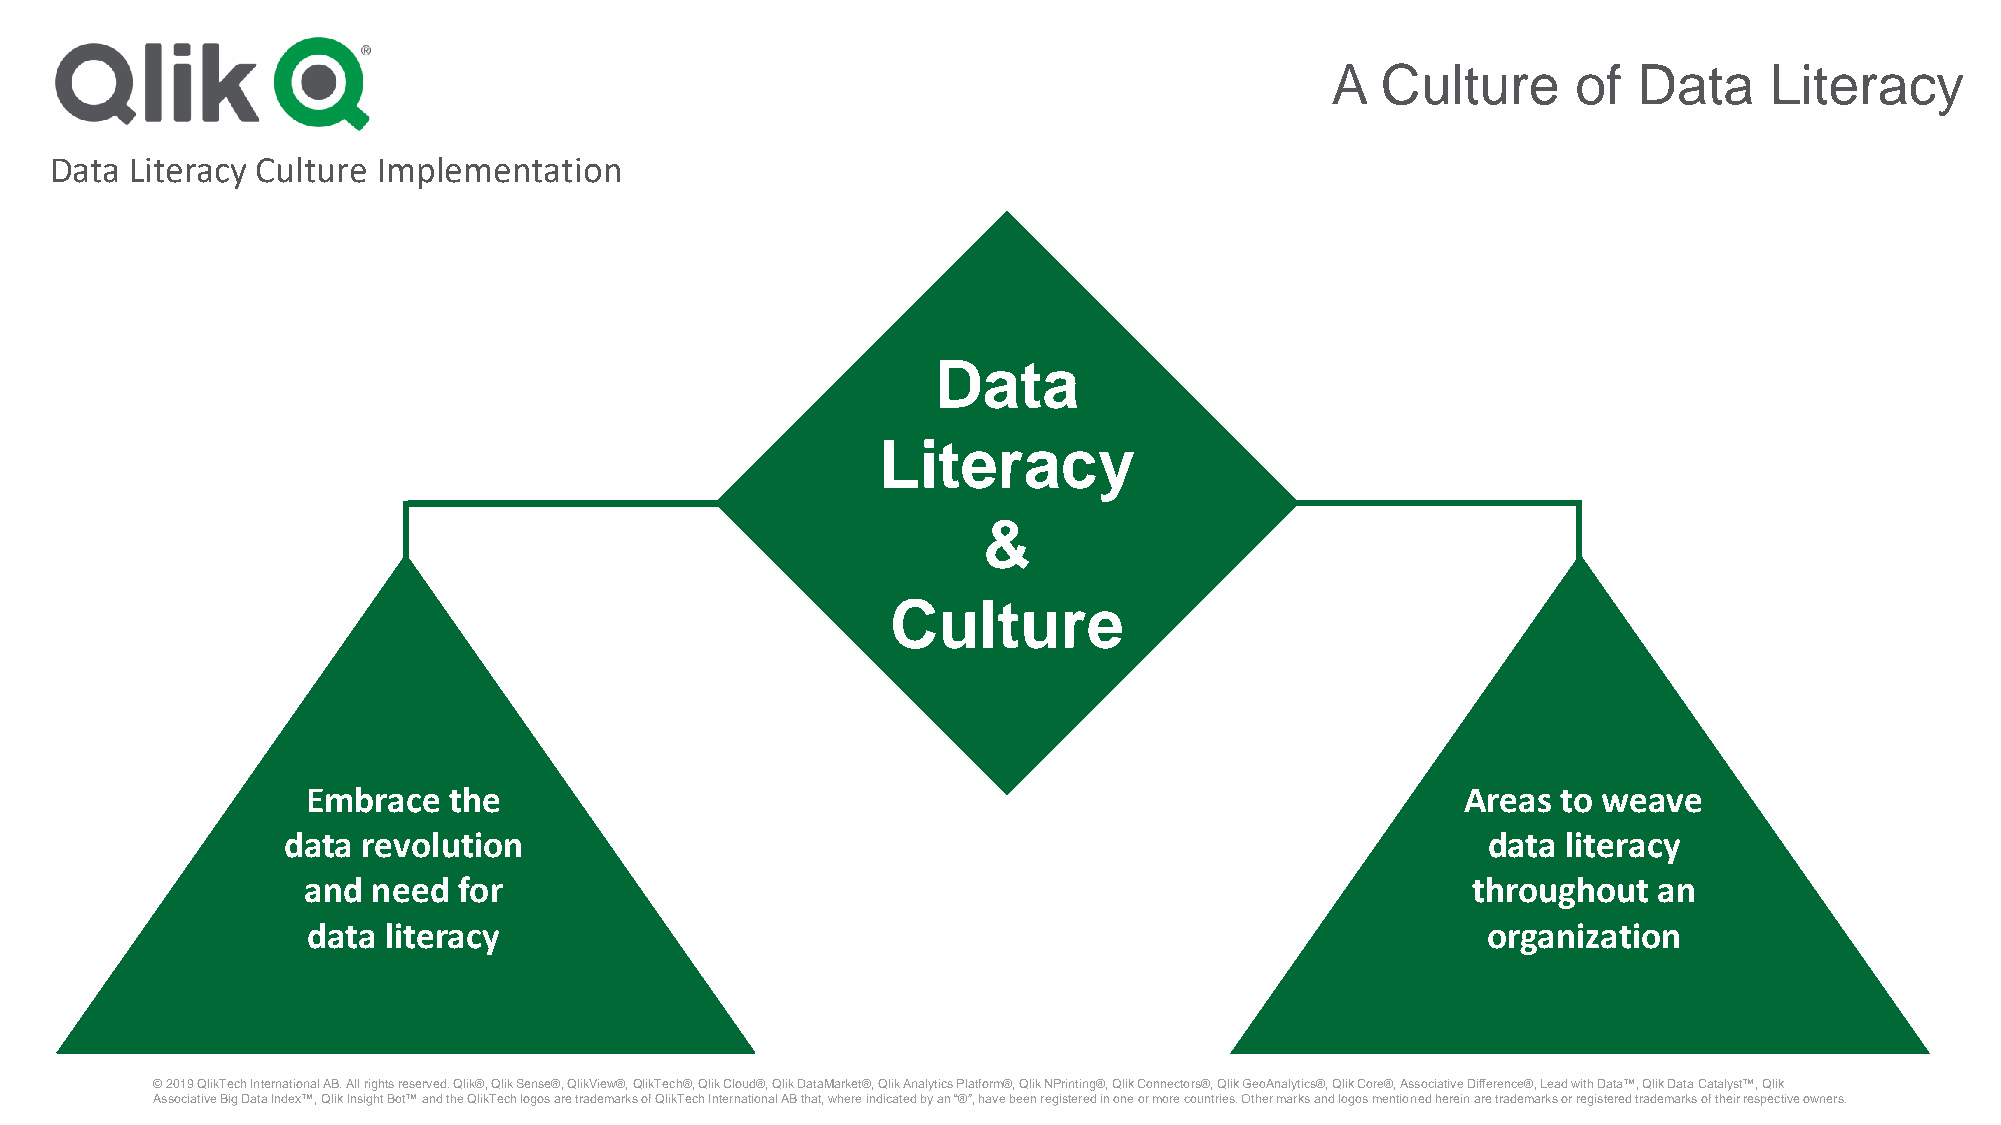
A  Culture      of  Data     Literacy
 Data  Literacy Culture Implementation
 Data
 Literacy
 &
 Culture
 Embrace   the                                                                Areas to weave
 data revolution                                                                data  literacy
 and  need for                                                                throughout   an
 data  literacy                                                                organization
 © 2019 QlikTechInternational AB. All rights reserved. Qlik®, Qlik Sense®, QlikView®, QlikTech®, Qlik Cloud®, Qlik DataMarket®, Qlik Analytics Platform®, Qlik NPrinting®, Qlik Connectors®, Qlik GeoAnalytics®, Qlik Core®, Associative Difference®, Lead with Data™, Qlik Data Catalyst™, Qlik
 Associative Big Data Index™, Qlik Insight Bot™ and the QlikTechlogos are trademarks of QlikTechInternational AB that, where indicated by an “®”, have been registered in one or more countries. Other marks and logos mentioned herein are trademarks or registered trademarks of their respective owners.